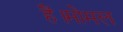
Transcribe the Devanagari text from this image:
हैं।मोमल